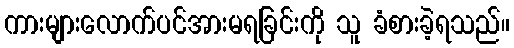
ကားများလောက်ပင်အားမရခြင်းကို သူ ခံစားခဲ့ရသည်။